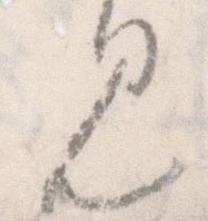
見